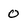
Character: 0